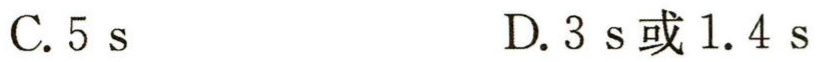
C. 5 s
D. 3 s或1.4 s